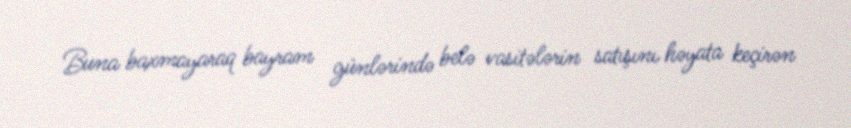
Buna baxmayaraq bayram günlərində belə vasitələrin satışını həyata keçirən